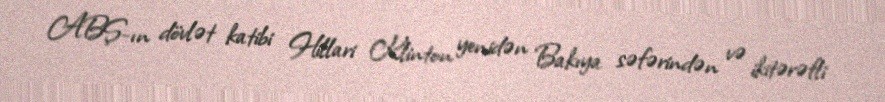
ABŞ-ın dövlət katibi Hillari Klinton yenidən Bakıya səfərindən və ikitərəfli